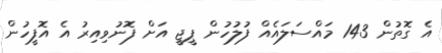
އެ ގޮތުން 143 މައްސަލައެއް ފުލުހުން ޕީޖީ އަށް ފޮނުވިއިރު އެ އޮފީހުން